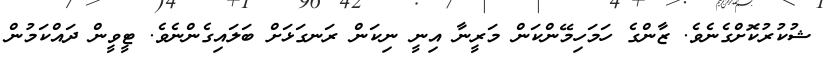
ޝުކުރުކޮށްގެނެވެ. ޒާންގެ ހަމަހިމޭންކަން މަރީނާ އިނީ ނިކަން ރަނގަޅަށް ބަލައިގެންނެވެ. ޓީވީން ދައްކަމުން